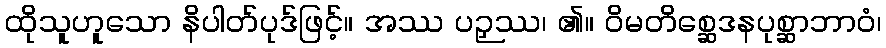
ထိုသူဟူသော နိပါတ်ပုဒ်ဖြင့်။ အဿ ပဉှဿ၊ ၏။ ဝိမတိစ္ဆေဒနပုစ္ဆာဘာဝံ၊